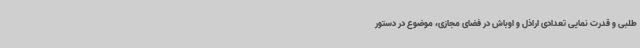
طلبی و قدرت نمایی تعدادی اراذل و اوباش در فضای مجازی، موضوع در دستور